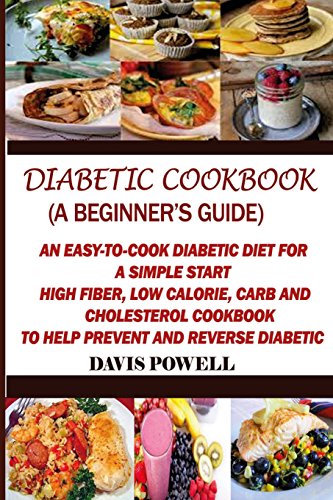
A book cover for Diabetic Cookbook (A Beginner?s Guide):: Quick, Easy-to-Cook Diabetes Diet for a Simple Start: High Fiber, Low Calorie, Carb and Cholesterol Cookbook: To Help Prevent and Reverse Diabetic; Davis Powell; Health, Fitness & Dieting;